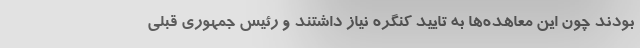
بودند چون این معاهده‌ها به تایید کنگره نیاز داشتند و رئیس جمهوری قبلی